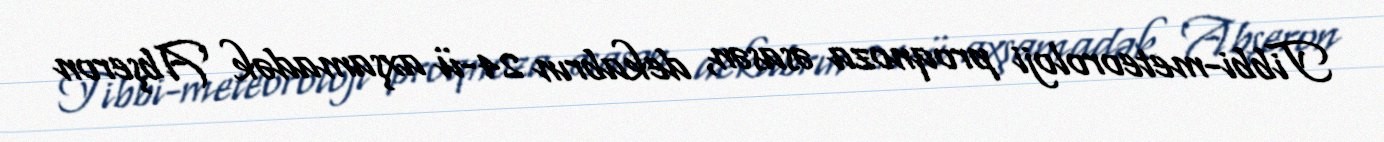
Tibbi-meteoroloji proqnoza əsasən, dekabrın 24-ü axşamadək Abşeron